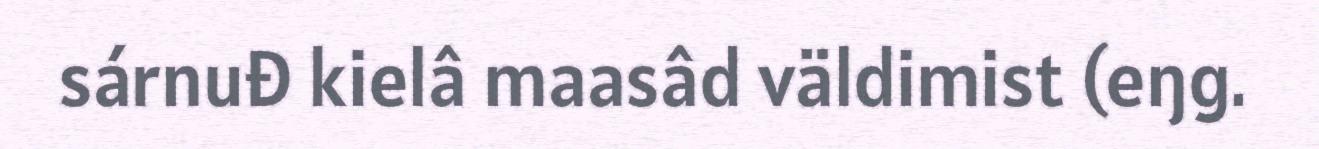
sárnuđ kielâ maasâd väldimist (eŋg.